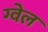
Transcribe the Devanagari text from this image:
ग्वेल